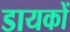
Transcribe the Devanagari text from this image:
डायकों